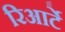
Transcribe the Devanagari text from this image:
रिआर्टे